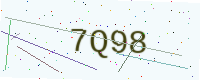
Text: 7Q98